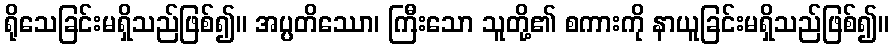
ရိုသေခြင်းမရှိသည်ဖြစ်၍။ အပ္ပတိဿော၊ ကြီးသော သူတို့၏ စကားကို နာယူခြင်းမရှိသည်ဖြစ်၍။